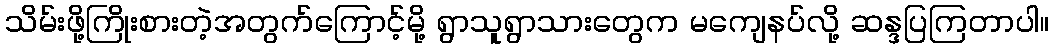
သိမ်းဖို့ကြိုးစားတဲ့အတွက်ကြောင့်မို့ ရွာသူရွာသားတွေက မကျေနပ်လို့ ဆန္ဒပြကြတာပါ။